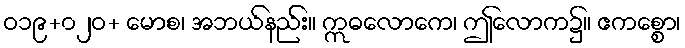
ဝ၁၉+၀၂ဝ+ မောစ၊ အဘယ်နည်း။ ဣဓလောကေ၊ ဤလောက၌။ ဧကစ္စော၊